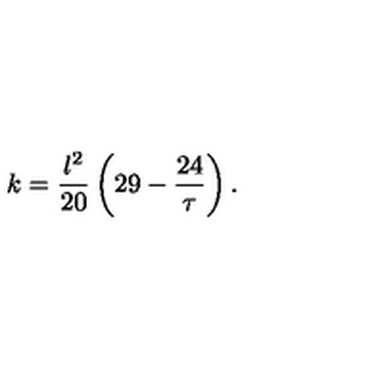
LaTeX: k = { \frac { l ^ { 2 } } { 2 0 } } \left( 2 9 - { \frac { 2 4 } { \tau } } \right) .